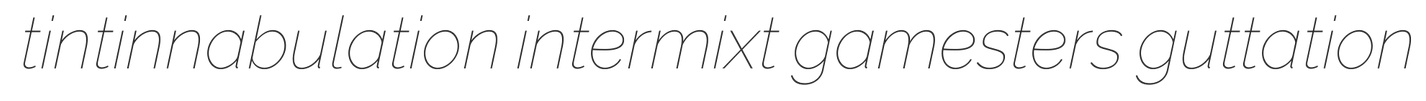
tintinnabulation intermixt gamesters guttation